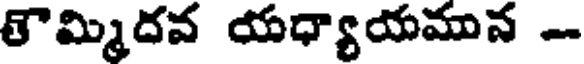
తౌమ్మిదవ యధ్యాయమున -